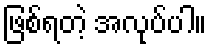
ဖြစ်ရတဲ့ အလုပ်ပါ။